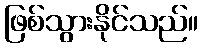
ဖြစ်သွားနိုင်သည်။